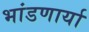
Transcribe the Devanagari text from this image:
भांडणार्या